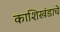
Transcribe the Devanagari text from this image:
काशिखंडाचे